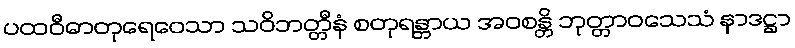
ပထဝီဓာတုရေဝေသာ သဝိဘတ္တီနံ စတုရန္တာယ အဝစန္တိ ဘုတ္တာဝသေသံ နာဒဋ္ဌာ